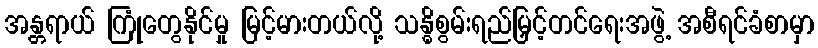
အန္တရာယ် ကြုံတွေနိုင်မှု မြင့်မားတယ်လို့ သန္ဓိစွမ်းရည်မြှင့်တင်ရေးအဖွဲ့ အစီရင်ခံစာမှာ